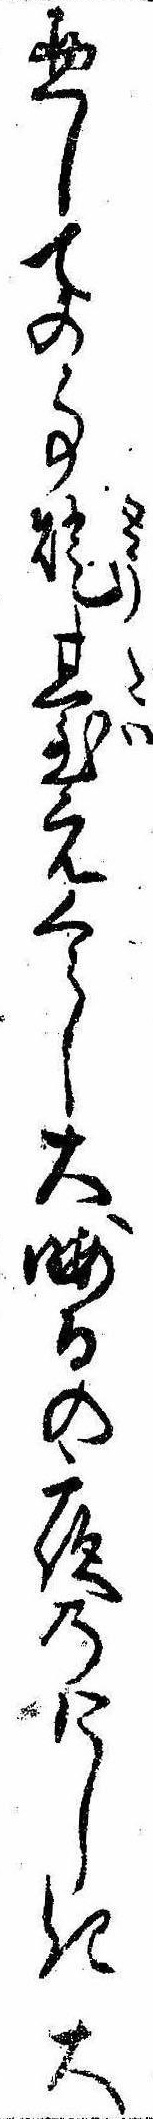
惣しての事灯台元くらし大晦日の夜のけしき大